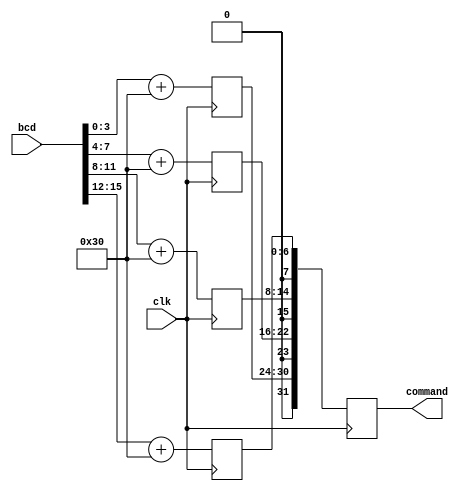
`timescale 1ns / 1ps
//////////////////////////////////////////////////////////////////////////////////
// Company: 
// Engineer: 
// 
// Design Name: 
// Module Name: introduction_command
// Project Name: 
// Target Devices: 
// Tool Versions: 
// Description: 
// 
// Dependencies: 
// 
// Revision:
// Revision 0.01 - File Created
// Additional Comments:
// 
//////////////////////////////////////////////////////////////////////////////////



module introduction_part(
        input clk,
         input [15:0] bcd,
        output reg [31:0] command 
    );
   /* reg clk;
    initial begin 
        forever begin
        clk = 0;
        #10 clk = ~clk;*/
   // end end
  /* wire [15:0] result = 16'b0001000101011001;
   reg [31:0] command = 0;*/
    reg [1:0] index = 0;
    reg [7:0] temp = 0;
    reg [7:0] temp1 = 0;
    reg [7:0] temp2 = 0;
    reg [7:0] temp3 = 0;
    integer i;

       always @(posedge clk) begin
     
            temp <= {{4'b0},bcd[3:0]} + 8'h30;
            temp1 <= {{4'b0},bcd[7:4]} + 8'h30;
            temp2 <= {{4'b0},bcd[11:8]} + 8'h30;
            temp3 <= {{4'b0},bcd[15:12]} + 8'h30;
            command <= {temp,temp1,temp2,temp3};
       end
endmodule